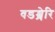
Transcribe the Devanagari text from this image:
वडश्शेरि